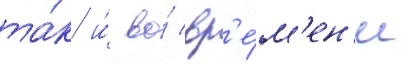
та́к и́ во́ вр'е́м'ен'и